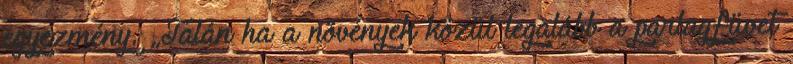
egyezmény. „Talán ha a növények közül legalább a parlagfüvet